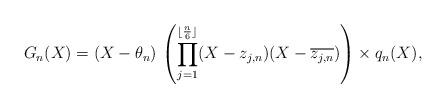
LaTeX: \begin{align*}G_{n}(X) = (X - \theta_n) \, \left(\prod_{j=1}^{\lfloor \frac{n}{6} \rfloor} (X - z_{j,n}) ( X - \overline{z_{j,n}}) \right)\times q_{n}(X),\end{align*}